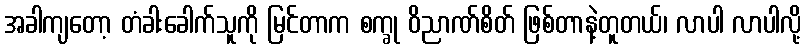
အခါကျတော့ တံခါးခေါက်သူကို မြင်တာက စက္ခု ဝိညာဏ်စိတ် ဖြစ်တာနဲ့တူတယ်၊ လာပါ လာပါလို့